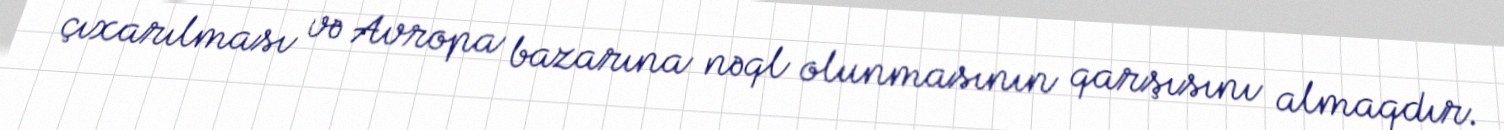
çıxarılması və Avropa bazarına nəql olunmasının qarşısını almaqdır.